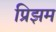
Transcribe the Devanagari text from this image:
प्रिझम